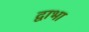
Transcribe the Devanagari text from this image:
द्वाभा